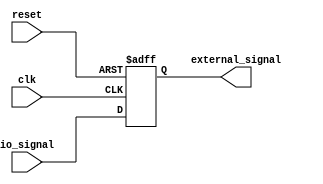
module IO_Block (
    input wire clk,           // Input Clock
    input wire reset,         // Reset signal
    input wire io_signal,     // Input signal from FPGA
    output reg external_signal // Output signal to external device
);

always @(posedge clk or posedge reset) begin
    if (reset) begin
        external_signal <= 1'b0; // Reset the output signal
    end else begin
        external_signal <= io_signal; // Assign the input signal to the output
    end
end

endmodule